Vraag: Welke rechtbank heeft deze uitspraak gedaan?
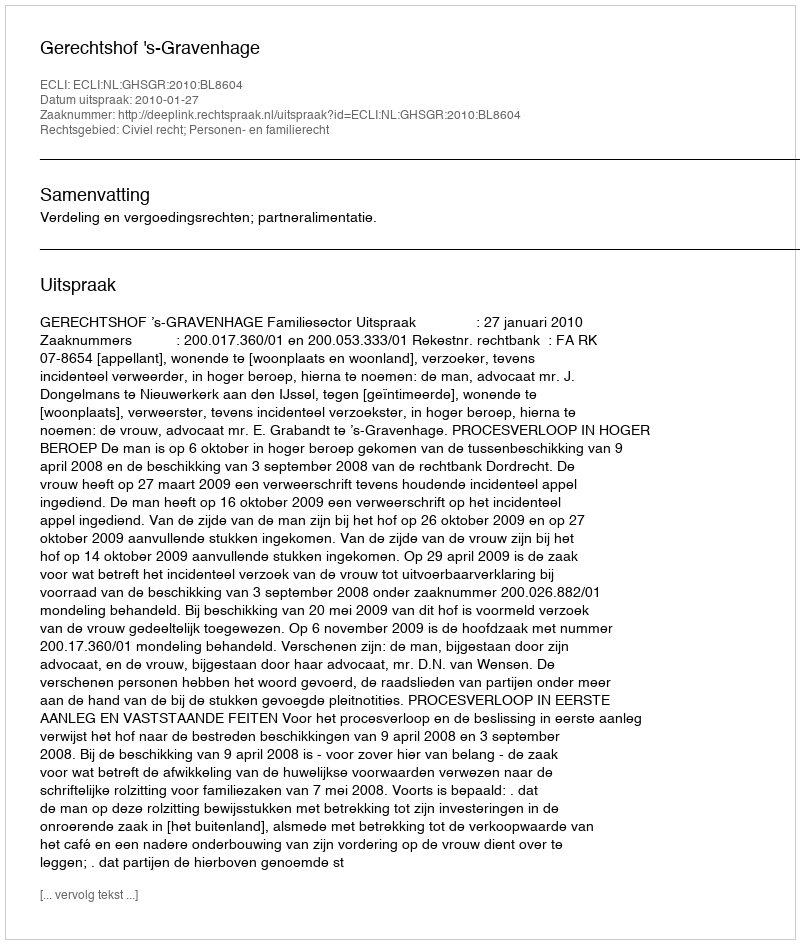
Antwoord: Gerechtshof 's-Gravenhage